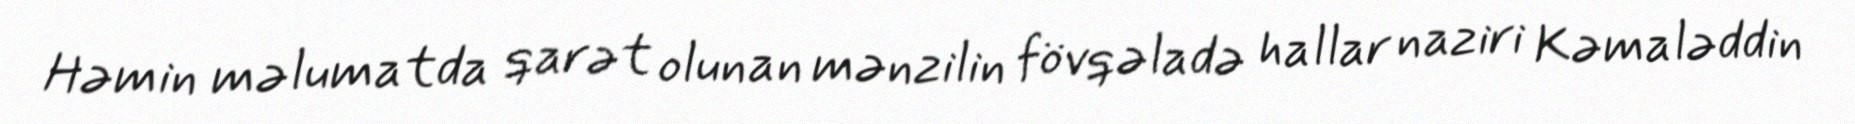
Həmin məlumatda qarət olunan mənzilin fövqəladə hallar naziri Kəmaləddin